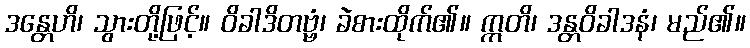
ဒန္တေဟိ၊ သွားတို့ဖြင့်။ ဝိခါဒိတဗ္ဗံ၊ ခဲစားထိုက်၏။ ဣတိ၊ ဒန္တဝိခါဒနံ၊ မည်၏။